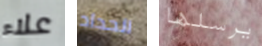
علاء الحداد يرسلها